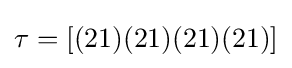
\tau =[(21)(21)(21)(21)]